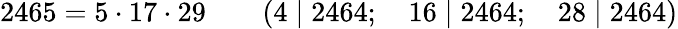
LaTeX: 2465=5\cdot 17\cdot 29\qquad(4\mid 2464;\quad 16\mid 2464;\quad 28\mid 2464)